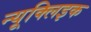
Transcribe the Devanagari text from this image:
न्यूक्लिइक